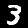
Digit: 3